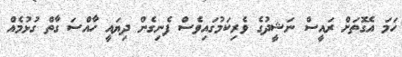
ހަމަ އެގޮތަށް ރައީސް ނަޝީދުގެ ވެރިކަމުގައިވެސް ފެނިގެން ދިޔައީ ހާއްސަ ގާތް ގުޅުމެއް